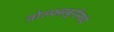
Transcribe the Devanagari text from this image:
वोल्फ्सबुर्गमध्ये